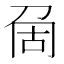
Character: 𠜦